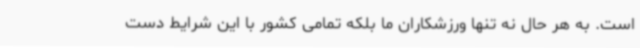
است. به هر حال نه تنها ورزشکاران ما بلکه تمامی کشور با این شرایط دست